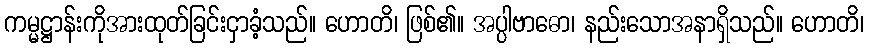
ကမ္မဋ္ဌာန်းကိုအားထုတ်ခြင်းငှာခံ့သည်။ ဟောတိ၊ ဖြစ်၏။ အပ္ပါဗာဓော၊ နည်းသောအနာရှိသည်။ ဟောတိ၊